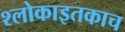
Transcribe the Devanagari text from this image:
श्लोकाइतकाच